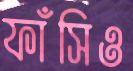
ফাঁসিও